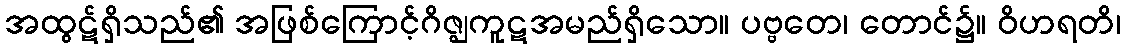
အထွဋ်ရှိသည်၏ အဖြစ်ကြောင့်ဂိဇ္ဈကူဋအမည်ရှိသော။ ပဗ္ဗတေ၊ တောင်၌။ ဝိဟရတိ၊